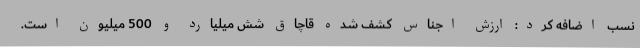
نسب اضافه کرد: ارزش اجناس کشف شده قاچاق شش میلیارد و 500 میلیون است.